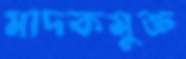
মাদকমুক্ত